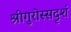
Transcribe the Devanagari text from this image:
श्रीगुरोस्सदृशं